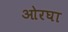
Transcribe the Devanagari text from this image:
ओरघा